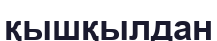
қышқылдан